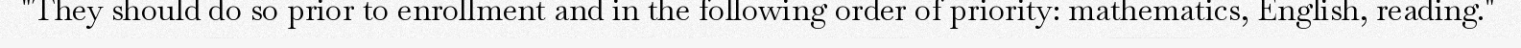
"They should do so prior to enrollment and in the following order of priority: mathematics, English, reading."